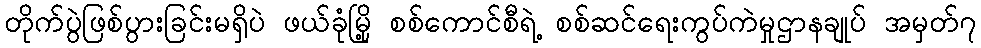
တိုက်ပွဲဖြစ်ပွားခြင်းမရှိပဲ ဖယ်ခုံမြို့ စစ်ကောင်စီရဲ့ စစ်ဆင်ရေးကွပ်ကဲမှုဌာနချုပ် အမှတ်၇